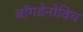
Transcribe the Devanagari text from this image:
बॉगडेनोविच